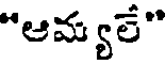
"ఆమ్యలే"